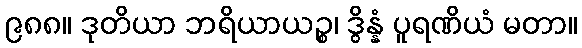
၉၈၈။ ဒုတိယာ ဘရိယာယဉ္စ၊ ဒွိန္နံ ပူရဏိယံ မတာ။